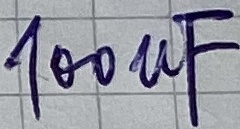
Text: 100µF